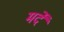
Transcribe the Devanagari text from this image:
मर्दें